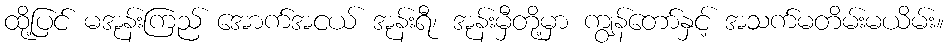
ထို့ပြင် မအုန်းကြည် အောက်အငယ် အုန်းရီ၊ အုန်းမှီတို့မှာ ကျွန်တော်နှင့် အသက်မတိမ်းမယိမ်း။